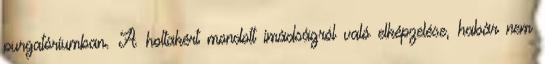
purgatóriumban. A holtakért mondott imádságról való elképzelése, habár nem